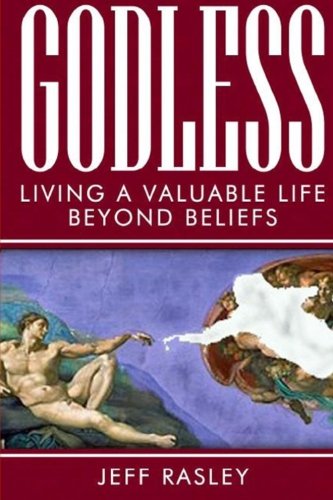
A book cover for GODLESS -- Living a Valuable Life Beyond Beliefs (Volume 6); Jeff Rasley; Religion & Spirituality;